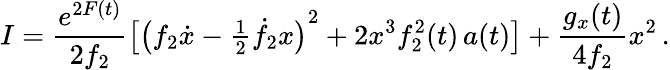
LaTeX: I=\frac{e^{2F(t)}}{2f_{2}}\big[{\big(f_{2}\dot{x}-{\textstyle\frac{1}{2}}\dot{f}_{2}x\big)}^{2}+2x^{3}f_{2}^{2}(t)\, a(t)\big]+\frac{g_{x}(t)}{4f_{2}}x^{2}\, .